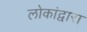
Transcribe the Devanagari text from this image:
लोकांद्वारा